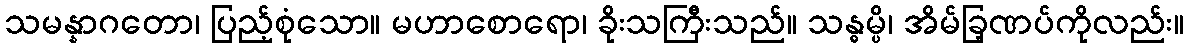
သမန္နာဂတော၊ ပြည့်စုံသော။ မဟာစောရော၊ ခိုးသကြီးသည်။ သန္ဓမ္ပိ၊ အိမ်ခြ့ဏပ်ကိုလည်း။